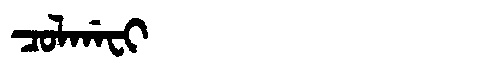
Manchu: ᠴᠣᠯᡤᠠᠸᡳ
Romanization: COLGAFI